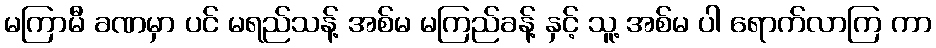
မကြာမီ ခဏမှာ ပင် မရည်သန့် အစ်မ မကြည်ခန့် နှင့် သူ့ အစ်မ ပါ ရောက်လာကြ ကာ